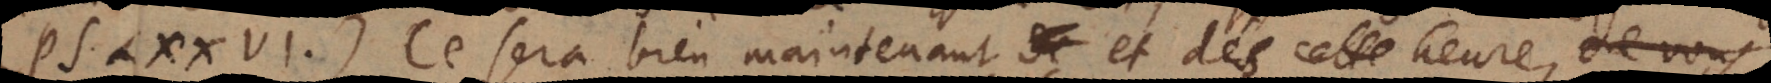
(Ps. LXXVI). Ce sera bien maintenant et dés cette heure, que je